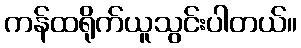
ကန်ထရိုက်ယူသွင်းပါတယ်။